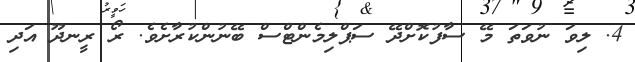
4. ލިވަ ނުވަތަ މޭ ސާފުކޮށްދޭ ސަޕްލިމެންޓްސް ބޭނުންކުރާށެވެ. ރޯ ރީނދޫ އަދި